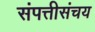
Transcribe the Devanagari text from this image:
संपत्तीसंचय